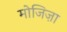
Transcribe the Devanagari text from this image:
मोजिज़ा